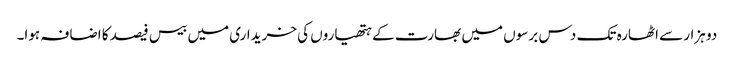
دو ہزار سے اٹھارہ تک دس برسوں میں بھارت کے ہتھیاروں کی خریداری میں بیس فیصد کا اضافہ ہوا۔